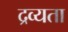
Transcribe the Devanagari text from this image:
द्रव्यता